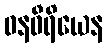
ဓနဝီရိယေန